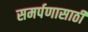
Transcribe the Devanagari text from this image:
समर्पणासाठी